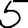
Digit: 5